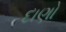
દાણો